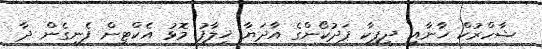
ޝާހްރުކް ޚާނާއި ދީޕިކާ ޕަދުކޯންގެ އާދަޔާ ޚިލާފު މޮޅު އެކްޓިން ފެނިގެން ދާ